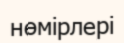
нөмірлері